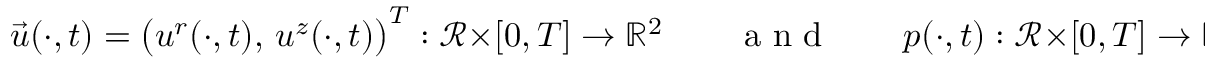
\vec { u } ( \cdot , t ) = \bigl ( u ^ { r } ( \cdot , t ) , \, u ^ { z } ( \cdot , t ) \bigr ) ^ { T } : \mathscr { R } \times [ 0 , T ] \to { \mathbb R } ^ { 2 } \qquad \mathrm { ~ a ~ n ~ d ~ } \qquad p ( \cdot , t ) : \mathscr { R } \times [ 0 , T ] \to { \mathbb R } .